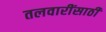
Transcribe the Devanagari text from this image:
तलवारींसाठी